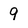
Character: 9